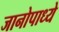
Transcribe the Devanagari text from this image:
जानोपाध्ये